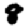
Digit: 8